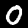
Digit: 0